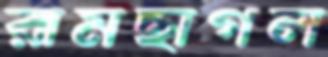
রামছাগল